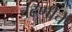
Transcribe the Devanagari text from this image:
चढणीचे